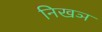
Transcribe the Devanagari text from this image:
निखञ